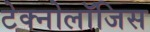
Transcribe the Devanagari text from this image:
टेक्नोलॉजिस